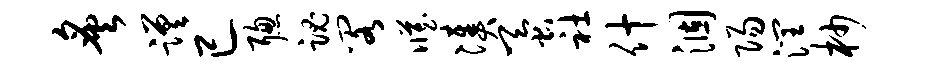
炙蹉已聪魂阁臧凑蚕社什涸阳润杪